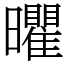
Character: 㬬